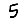
Digit: 5